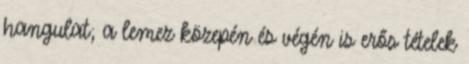
hangulat; a lemez közepén és végén is erős tételek